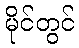
မိုင်တွင်